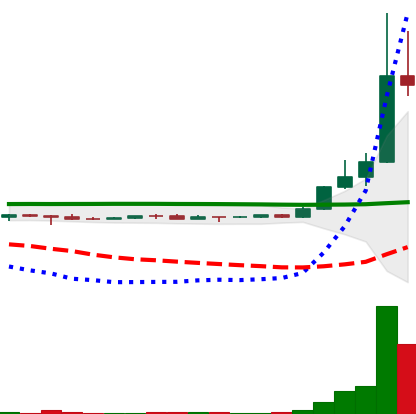
Ticker: DOGE-USD
Chart end date: 2022-10-30
Forward return: 7.197%
Label: up_7plus